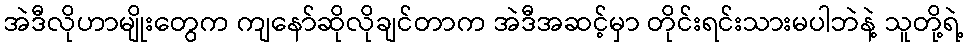
အဲဒီလိုဟာမျိုးတွေက ကျနော်ဆိုလိုချင်တာက အဲဒီအဆင့်မှာ တိုင်းရင်းသားမပါဘဲနဲ့ သူတို့ရဲ့